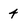
Character: 4